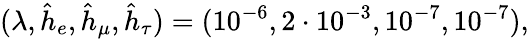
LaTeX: (\lambda,\hat{h}_{e},\hat{h}_{\mu},\hat{h}_{\tau})=(10^{-6},2\cdot 10^{-3},10^{-7},10^{-7}),